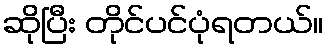
ဆိုပြီး တိုင်ပင်ပုံရတယ်။